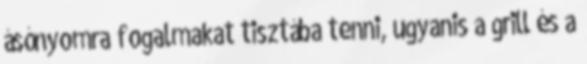
ásónyomra fogalmakat tisztába tenni, ugyanis a grill és a